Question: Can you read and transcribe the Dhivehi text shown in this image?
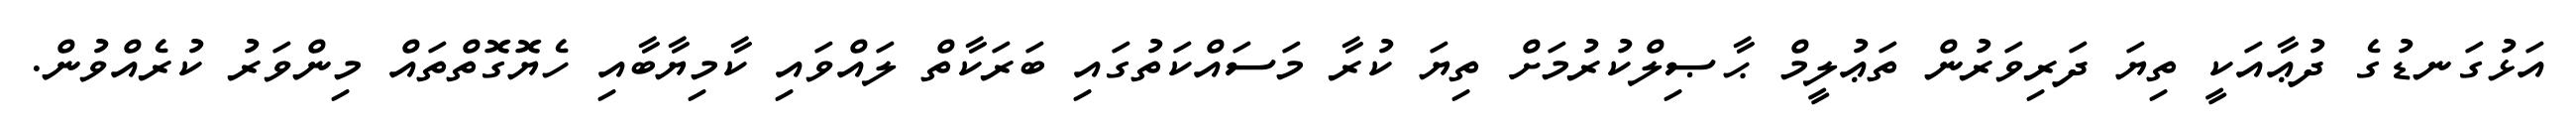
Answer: އަޅުގަނޑުގެ ދުޢާއަކީ ތިޔަ ދަރިވަރުން ތަޢުލީމް ޙާޞިލްކުރުމަށް ތިޔަ ކުރާ މަސައްކަތުގައި ބަރަކާތް ލައްވައި ކާމިޔާބާއި ހެޔޮގޮތްތައް މިންވަރު ކުރެއްވުން.